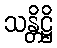
သန္တိဋ္ဌိ